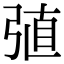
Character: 𢏶